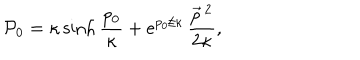
{ \cal P } _ { 0 } = \kappa \sinh \frac { p _ { 0 } } \kappa + e ^ { p _ { 0 } / \kappa } \, \frac { \vec { p } \, { } ^ { 2 } } { 2 \kappa } ,